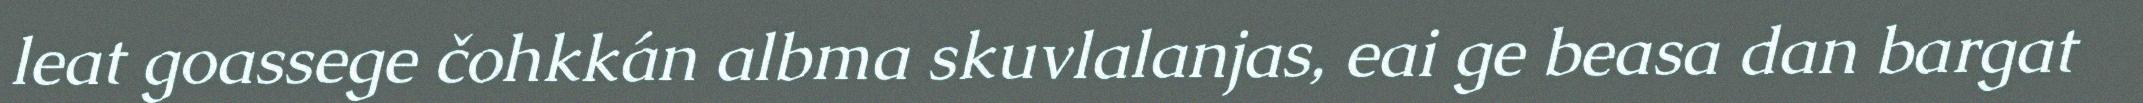
leat goassege čohkkán albma skuvlalanjas, eai ge beasa dan bargat